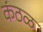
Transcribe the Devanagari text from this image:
कंठळ